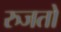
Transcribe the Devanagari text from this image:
रुजतो